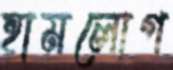
হামলোগ